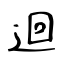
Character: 迴